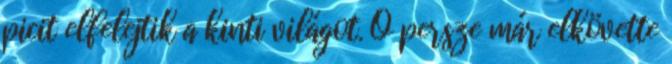
picit elfelejtik a kinti világot. Ő persze már elkövette